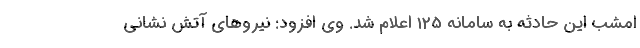
امشب این حادثه به سامانه 125 اعلام شد. وی افزود: نیروهای آتش نشانی